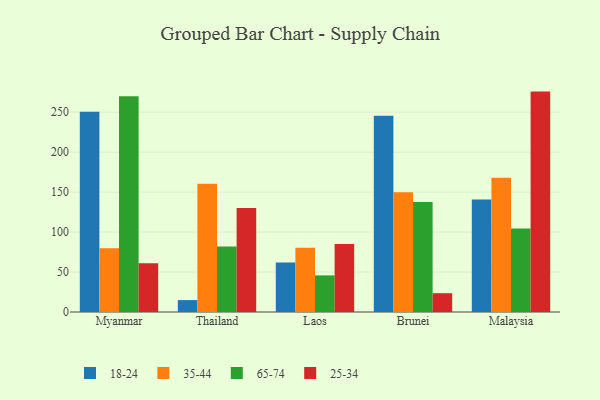
{"axis": {"x": "Country", "y": "Backlog"}, "legend": ["18-24", "25-34", "35-44", "65-74"], "data": [{"x": "Myanmar", "y": 250.6, "type": "18-24"}, {"x": "Myanmar", "y": 79.7, "type": "35-44"}, {"x": "Myanmar", "y": 269.9, "type": "65-74"}, {"x": "Myanmar", "y": 61.0, "type": "25-34"}, {"x": "Thailand", "y": 14.9, "type": "18-24"}, {"x": "Thailand", "y": 160.4, "type": "35-44"}, {"x": "Thailand", "y": 81.8, "type": "65-74"}, {"x": "Thailand", "y": 130.0, "type": "25-34"}, {"x": "Laos", "y": 61.9, "type": "18-24"}, {"x": "Laos", "y": 80.3, "type": "35-44"}, {"x": "Laos", "y": 45.8, "type": "65-74"}, {"x": "Laos", "y": 85.2, "type": "25-34"}, {"x": "Brunei", "y": 245.5, "type": "18-24"}, {"x": "Brunei", "y": 149.9, "type": "35-44"}, {"x": "Brunei", "y": 137.6, "type": "65-74"}, {"x": "Brunei", "y": 23.5, "type": "25-34"}, {"x": "Malaysia", "y": 140.7, "type": "18-24"}, {"x": "Malaysia", "y": 168.0, "type": "35-44"}, {"x": "Malaysia", "y": 104.5, "type": "65-74"}, {"x": "Malaysia", "y": 275.7, "type": "25-34"}]}